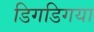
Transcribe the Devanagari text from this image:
डिगडिगया